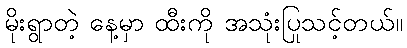
မိုးရွာတဲ့ နေ့မှာ ထီးကို အသုံးပြုသင့်တယ်။